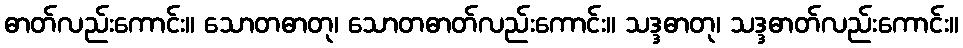
ဓာတ်လည်းကောင်း။ သောတဓာတု၊ သောတဓာတ်လည်းကောင်း။ သဒ္ဒဓာတု၊ သဒ္ဒဓာတ်လည်းကောင်း။